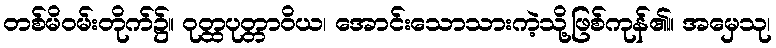
တစ်မိဝမ်းတိုက်၌။ ဝုတ္ထပုတ္တာဝိယ၊ အောင်းသောသားကဲ့သို့ဖြစ်ကုန်၏။ အမှေသု၊